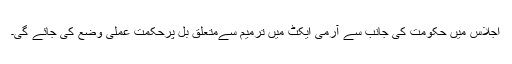
اجلاس میں حکومت کی جانب سے آرمی ایکٹ میں ترمیم سےمتعلق بل پرحکمت عملی وضع کی جائے گی۔